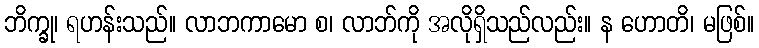
ဘိက္ခု၊ ရဟန်းသည်။ လာဘကာမော စ၊ လာဘ်ကို အလိုရှိသည်လည်း။ န ဟောတိ၊ မဖြစ်။